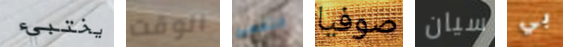
يختبيء الوقت التقطيع صوفيا سيان بي